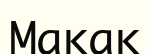
Макак